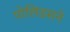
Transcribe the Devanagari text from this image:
पोलिडसने